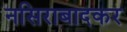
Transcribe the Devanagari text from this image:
नसिराबादकर